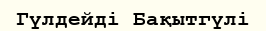
Гүлдейді Бақытгүлі